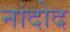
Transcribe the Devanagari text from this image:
नांदोद